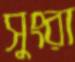
সুংরা